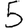
Digit: 5